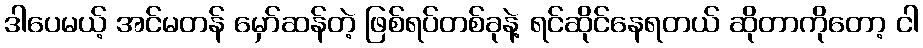
ဒါပေမယ့် အင်မတန် မှော်ဆန်တဲ့ ဖြစ်ရပ်တစ်ခုနဲ့ ရင်ဆိုင်နေရတယ် ဆိုတာကိုတော့ ငါ